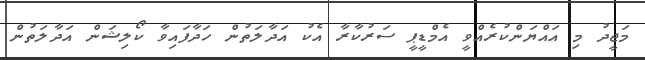
މަޖީދު މި އައްޔަންކުރެއްވީ އެމްޑީޕީ ސަރުކާރާ އެކު އަދާލަތުން ހަދާފައިވާ ކޯލިޝަން އަދާލަތުން